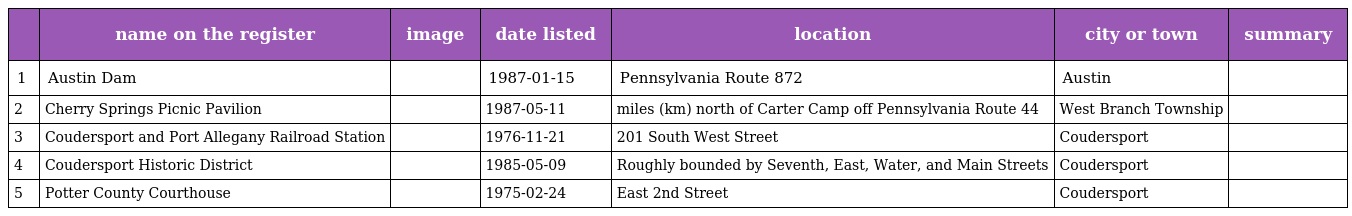
|  | name on the register | image | date listed | location | city or town | summary |
 | --- | --- | --- | --- | --- | --- | --- |
 | 1 | Austin Dam |  | 1987-01-15 | Pennsylvania Route 872 | Austin |  |
 | 2 | Cherry Springs Picnic Pavilion |  | 1987-05-11 | miles (km) north of Carter Camp off Pennsylvania Route 44 | West Branch Township |  |
 | 3 | Coudersport and Port Allegany Railroad Station |  | 1976-11-21 | 201 South West Street | Coudersport |  |
 | 4 | Coudersport Historic District |  | 1985-05-09 | Roughly bounded by Seventh, East, Water, and Main Streets | Coudersport |  |
 | 5 | Potter County Courthouse |  | 1975-02-24 | East 2nd Street | Coudersport |  |